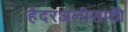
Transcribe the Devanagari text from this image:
हैदरअलीसाठी